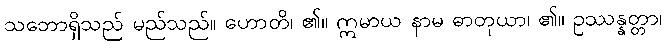
သဘောရှိသည် မည်သည်။ ဟောတိ၊ ၏။ ဣမာယ နာမ ဓာတုယာ၊ ၏။ ဥဿန္နတ္တာ၊